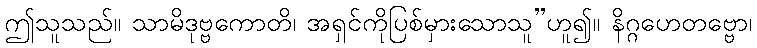
ဤသူသည်။ သာမိဒုဗ္ဗကောတိ၊ အရှင်ကိုပြစ်မှားသောသူ’’ဟူ၍။ နိဂ္ဂဟေတဗ္ဗော၊